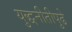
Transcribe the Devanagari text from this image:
युद्धनीतीपुढे